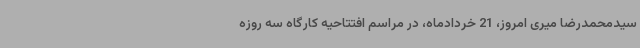
سیدمحمدرضا میری امروز، 21 خردادماه، در مراسم افتتاحیه کارگاه سه روزه